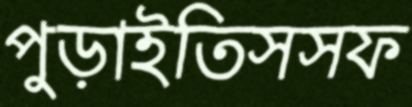
পুড়াইতিসসফ